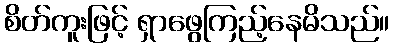
စိတ်ကူးဖြင့် ရှာဖွေကြည့်နေမိသည်။